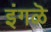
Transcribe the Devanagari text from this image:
इंगळॆ